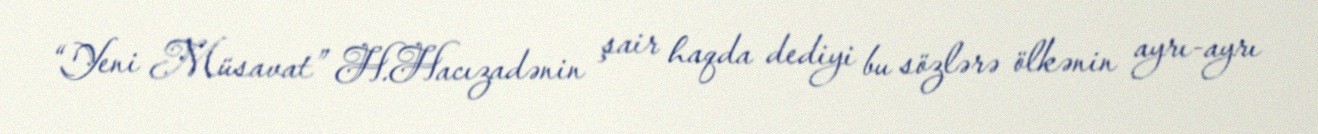
“Yeni Müsavat” H.Hacızadənin şair haqda dediyi bu sözlərə ölkənin ayrı-ayrı